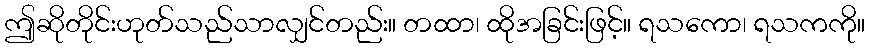
ဤဆိုတိုင်းဟုတ်သည်သာလျှင်တည်း။ တထာ၊ ထိုအခြင်းဖြင့်။ ရသကော၊ ရသကကို။